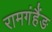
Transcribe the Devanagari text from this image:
रामगंहैंङ